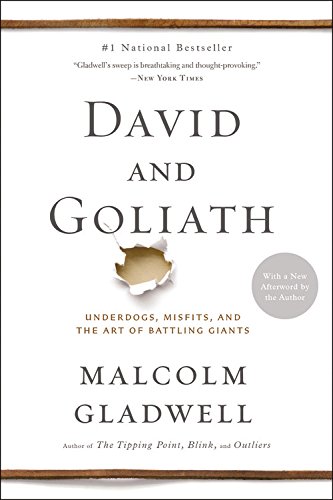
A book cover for David and Goliath: Underdogs, Misfits, and the Art of Battling Giants; Malcolm Gladwell; Medical Books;